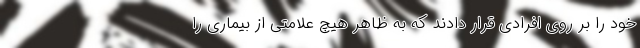
خود را بر روی افرادی قرار دادند که به ظاهر هیچ علامتی از بیماری را